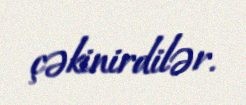
çəkinirdilər.